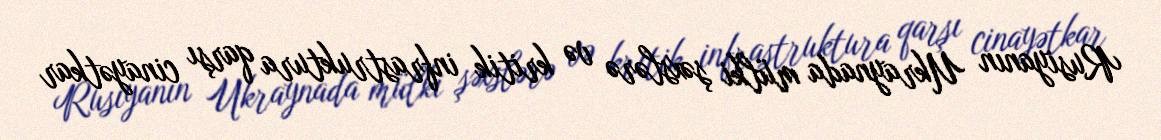
Rusiyanın Ukraynada mülki şəxslərə və kritik infrastruktura qarşı cinayətkar